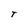
Character: T